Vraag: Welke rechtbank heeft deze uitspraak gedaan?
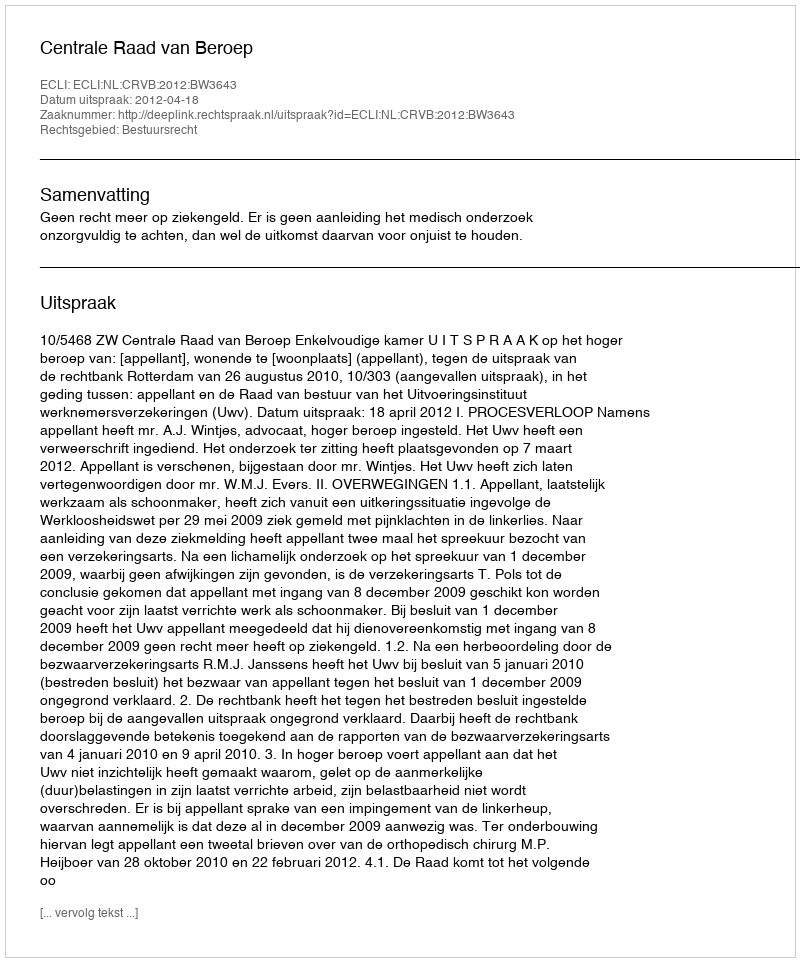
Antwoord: Centrale Raad van Beroep